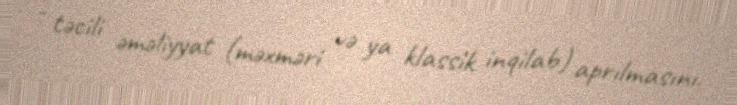
- təcili əməliyyat (məxməri və ya klassik inqilab) aprılmasını.